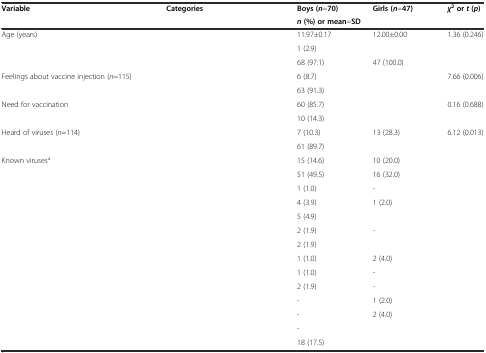
<table><thead><tr><td rowspan="2"><b>Variable</b></td><td rowspan="2"><b>Categories</b></td><td><b>Boys (<i>n</i>=70)</b></td><td><b>Girls (<i>n</i>=47)</b></td><td rowspan="2"><b><i>χ</i><sup>2</sup>or<i>t</i>(<i>p</i>)</b></td></tr><tr><td colspan="2"><b><i>n</i>(%) or mean=SD</b></td></tr></thead><tbody><tr><td>Age (years)</td><td>[EMPTY_CELL]</td><td>11.97±0.17</td><td>12.00±0.00</td><td>1.36 (0.246)</td></tr><tr><td>[EMPTY_CELL]</td><td>[EMPTY_CELL]</td><td>1 (2.9)</td><td>[EMPTY_CELL]</td><td>[EMPTY_CELL]</td></tr><tr><td>[EMPTY_CELL]</td><td>[EMPTY_CELL]</td><td>68 (97.1)</td><td>47 (100.0)</td><td>[EMPTY_CELL]</td></tr><tr><td>Feelings about vaccine injection (<i>n</i>=115)</td><td>[EMPTY_CELL]</td><td>6 (8.7)</td><td>[EMPTY_CELL]</td><td>7.66 (0.006)</td></tr><tr><td>[EMPTY_CELL]</td><td>[EMPTY_CELL]</td><td>63 (91.3)</td><td>[EMPTY_CELL]</td><td>[EMPTY_CELL]</td></tr><tr><td>Need for vaccination</td><td>[EMPTY_CELL]</td><td>60 (85.7)</td><td>[EMPTY_CELL]</td><td>0.16 (0.688)</td></tr><tr><td>[EMPTY_CELL]</td><td>[EMPTY_CELL]</td><td>10 (14.3)</td><td>[EMPTY_CELL]</td><td>[EMPTY_CELL]</td></tr><tr><td>Heard of viruses (<i>n</i>=114)</td><td>[EMPTY_CELL]</td><td>7 (10.3)</td><td>13 (28.3)</td><td>6.12 (0.013)</td></tr><tr><td>[EMPTY_CELL]</td><td>[EMPTY_CELL]</td><td>61 (89.7)</td><td>[EMPTY_CELL]</td><td>[EMPTY_CELL]</td></tr><tr><td>Known viruses<sup>a</sup></td><td>[EMPTY_CELL]</td><td>15 (14.6)</td><td>10 (20.0)</td><td>[EMPTY_CELL]</td></tr><tr><td>[EMPTY_CELL]</td><td>[EMPTY_CELL]</td><td>51 (49.5)</td><td>16 (32.0)</td><td>[EMPTY_CELL]</td></tr><tr><td>[EMPTY_CELL]</td><td>[EMPTY_CELL]</td><td>1 (1.0)</td><td>-</td><td>[EMPTY_CELL]</td></tr><tr><td>[EMPTY_CELL]</td><td>[EMPTY_CELL]</td><td>4 (3.9)</td><td>1 (2.0)</td><td>[EMPTY_CELL]</td></tr><tr><td>[EMPTY_CELL]</td><td>[EMPTY_CELL]</td><td>5 (4.9)</td><td>[EMPTY_CELL]</td><td>[EMPTY_CELL]</td></tr><tr><td>[EMPTY_CELL]</td><td>[EMPTY_CELL]</td><td>2 (1.9)</td><td>-</td><td>[EMPTY_CELL]</td></tr><tr><td>[EMPTY_CELL]</td><td>[EMPTY_CELL]</td><td>2 (1.9)</td><td>[EMPTY_CELL]</td><td>[EMPTY_CELL]</td></tr><tr><td>[EMPTY_CELL]</td><td>[EMPTY_CELL]</td><td>1 (1.0)</td><td>2 (4.0)</td><td>[EMPTY_CELL]</td></tr><tr><td>[EMPTY_CELL]</td><td>[EMPTY_CELL]</td><td>1 (1.0)</td><td>-</td><td>[EMPTY_CELL]</td></tr><tr><td>[EMPTY_CELL]</td><td>[EMPTY_CELL]</td><td>2 (1.9)</td><td>-</td><td>[EMPTY_CELL]</td></tr><tr><td>[EMPTY_CELL]</td><td>[EMPTY_CELL]</td><td>-</td><td>1 (2.0)</td><td>[EMPTY_CELL]</td></tr><tr><td>[EMPTY_CELL]</td><td>[EMPTY_CELL]</td><td>-</td><td>2 (4.0)</td><td>[EMPTY_CELL]</td></tr><tr><td>[EMPTY_CELL]</td><td>[EMPTY_CELL]</td><td>-</td><td>[EMPTY_CELL]</td><td>[EMPTY_CELL]</td></tr><tr><td>[EMPTY_CELL]</td><td>[EMPTY_CELL]</td><td>18 (17.5)</td><td>[EMPTY_CELL]</td><td>[EMPTY_CELL]</td></tr></tbody></table>